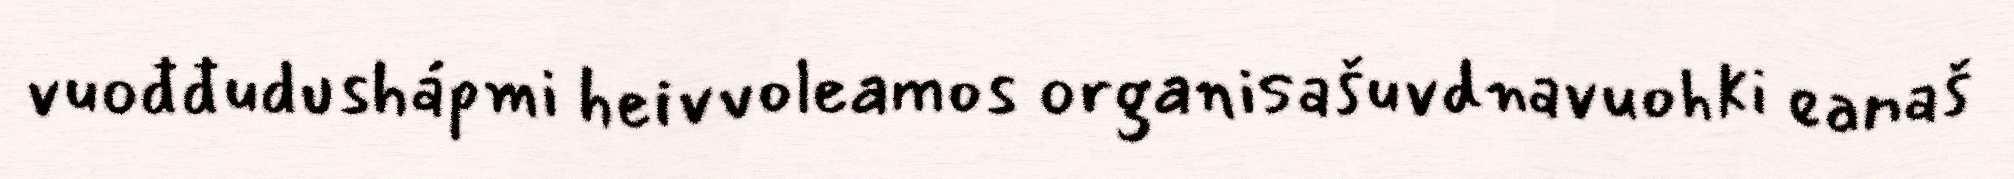
vuođđudushápmi heivvoleamos organisašuvdnavuohki eanaš